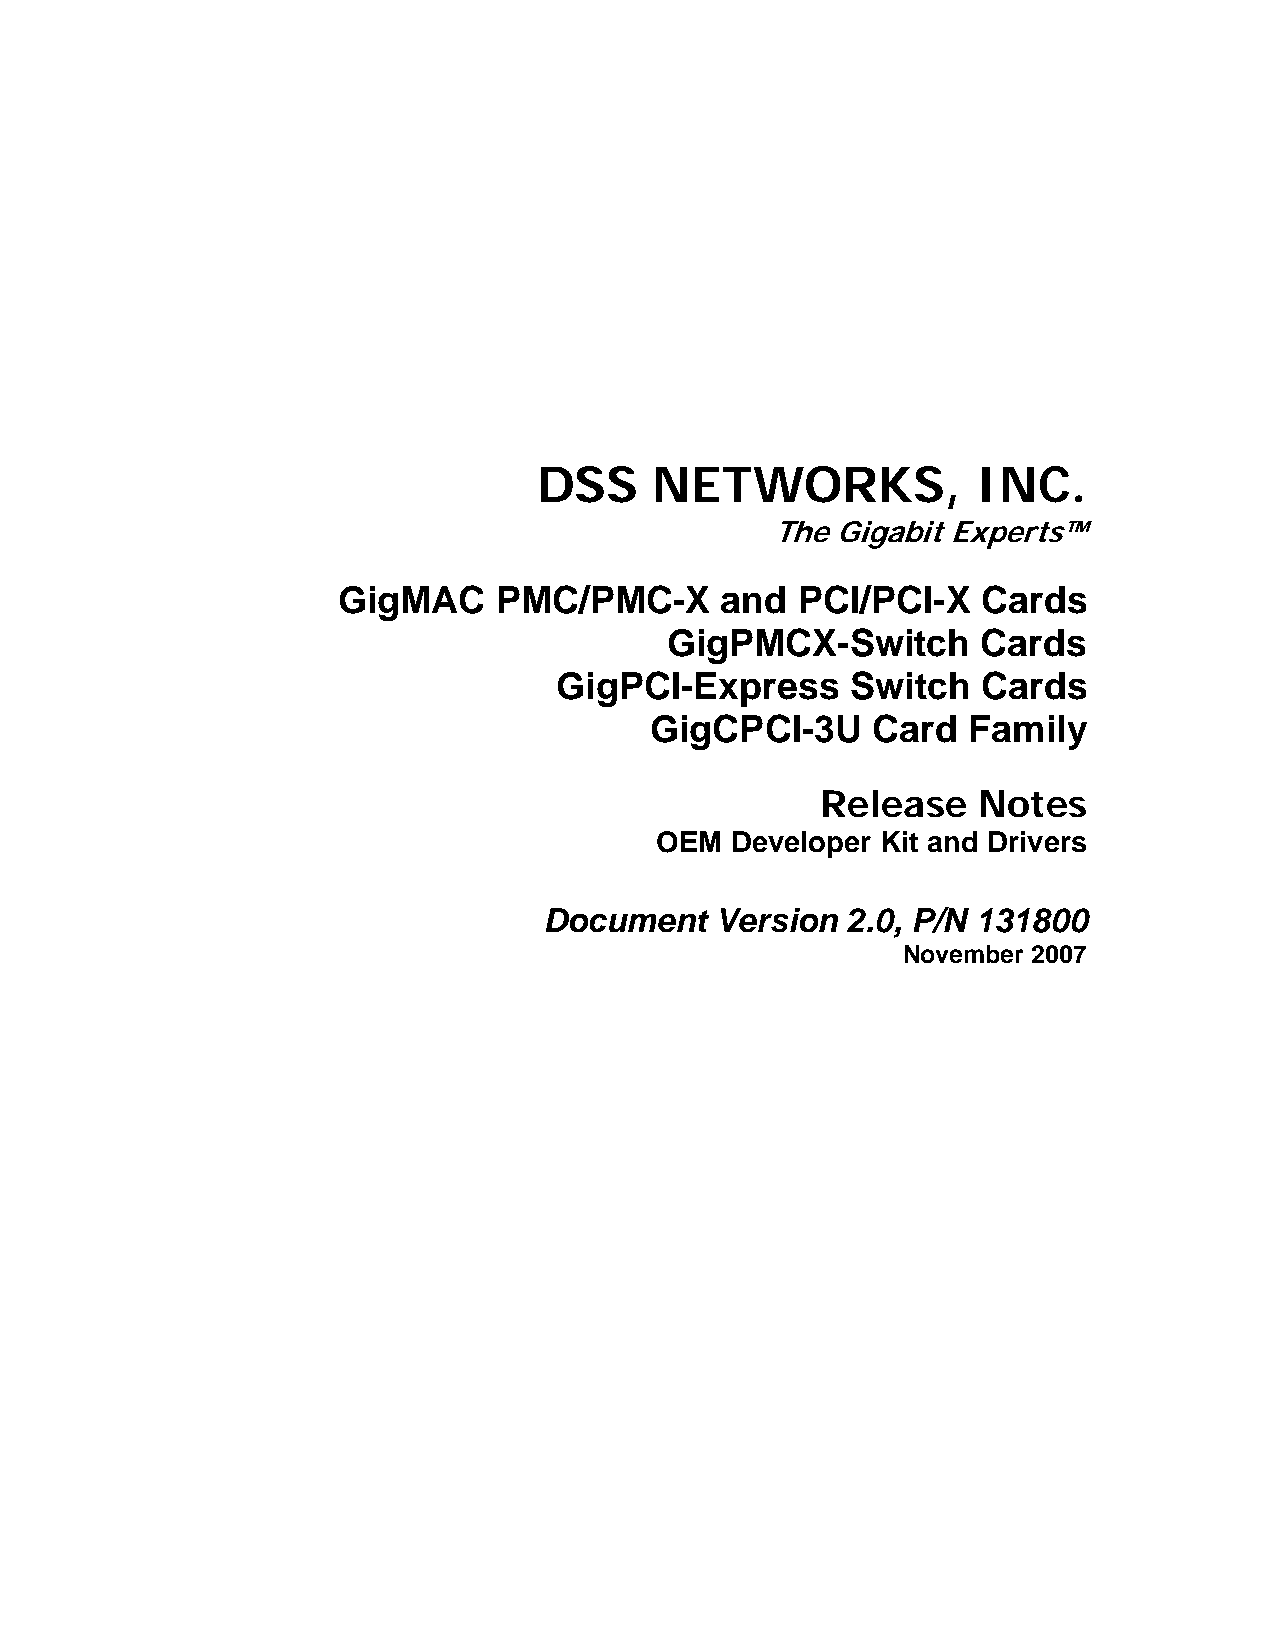
DSS    NETWORKS,             INC.
 The Gigabit Experts™
 GigMAC     PMC/PMC-X      and  PCI/PCI-X   Cards
 GigPMCX-Switch       Cards
 GigPCI-Express     Switch   Cards
 GigCPCI-3U     Card  Family
 Release    Notes
 OEM  Developer Kit and Drivers
 Document   Version  2.0, P/N 131800
 November 2007